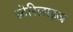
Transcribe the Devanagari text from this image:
स्टेरिलाइज